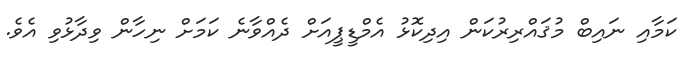
ކަމާއި ނައިބް މުޤައްރިރުކަން އިދިކޮޅު އެމްޑީޕީއަށް ދެއްވާނެ ކަމަށް ނިހާން ވިދާޅުވި އެވެ.